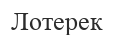
Лотерек